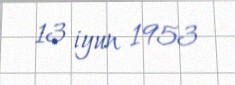
13 iyun 1953